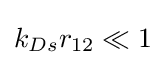
k_{Ds}r_{12}\ll 1